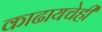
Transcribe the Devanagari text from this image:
काढायचेही